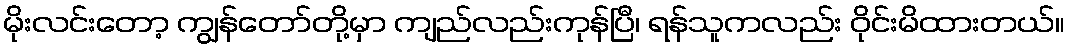
မိုးလင်းတော့ ကျွန်တော်တို့မှာ ကျည်လည်းကုန်ပြီ၊ ရန်သူကလည်း ဝိုင်းမိထားတယ်။